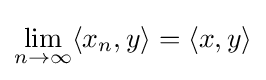
\lim _{n\to \infty }\langle x_{n},y\rangle =\langle x,y\rangle